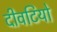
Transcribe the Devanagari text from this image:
दीवटियो